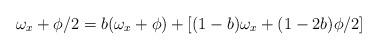
LaTeX: \begin{align*}\omega_x + \phi /2 = b (\omega_x + \phi) + [(1-b)\omega_x + (1-2b)\phi /2]\end{align*}